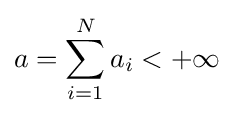
a=\sum _{i=1}^{N}a_{i}<+\infty